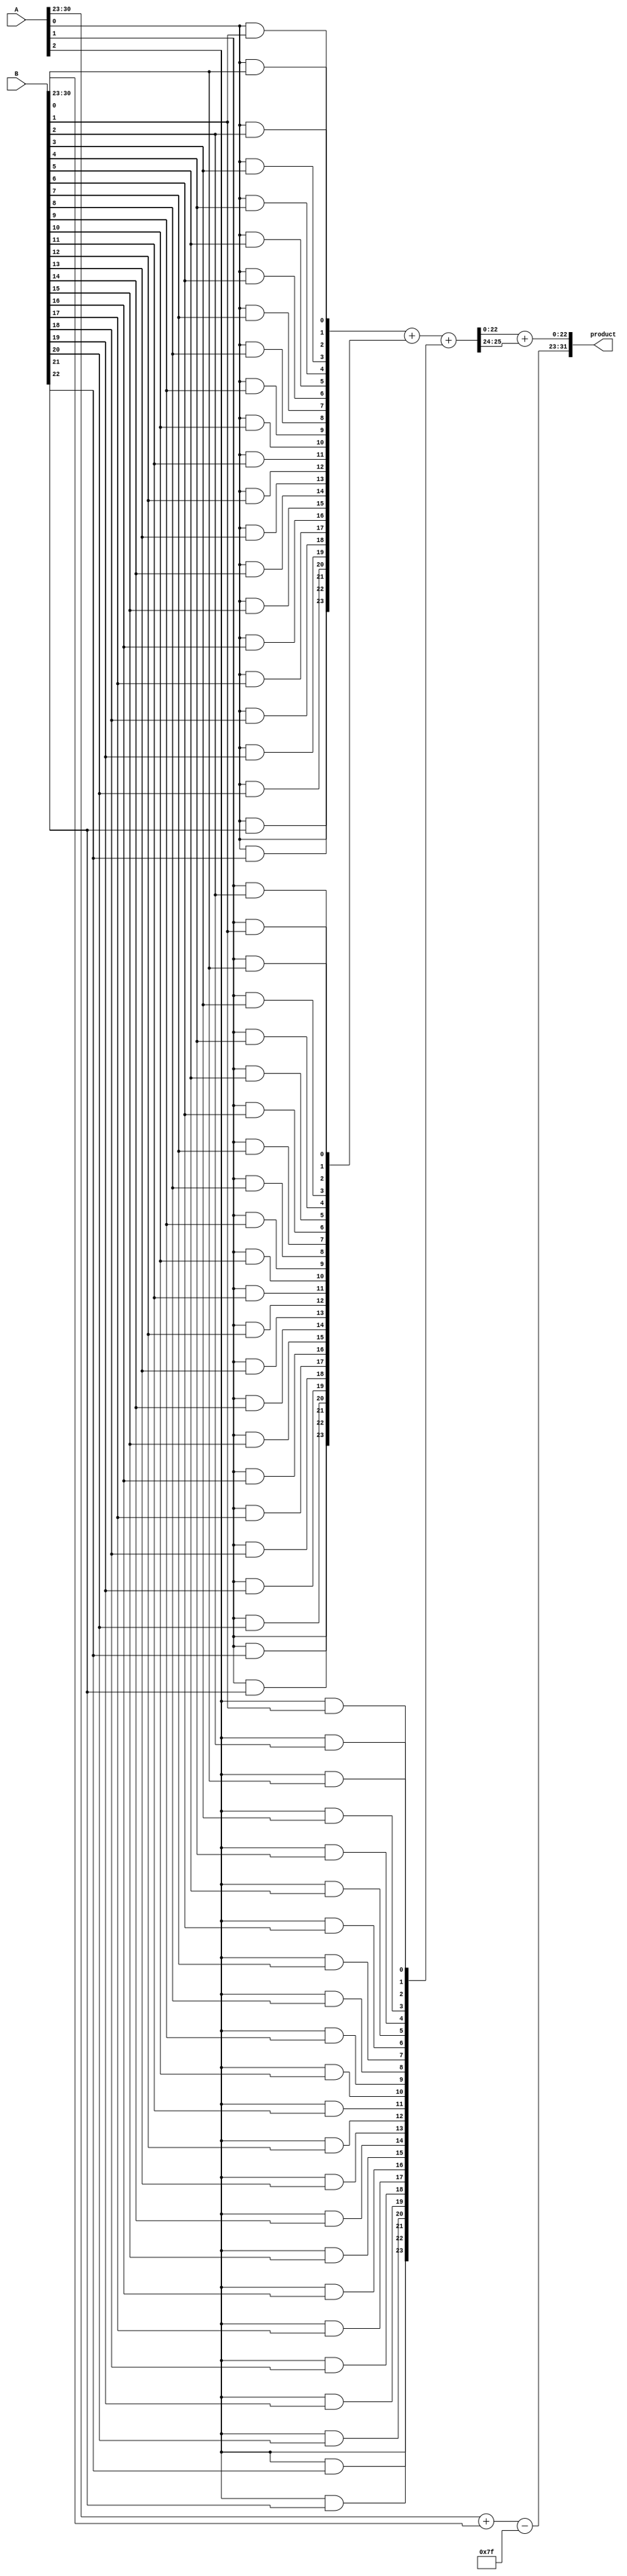
module floating_point_wallace_tree_multiplier (
    input [31:0] A,  // First floating-point input
    input [31:0] B,  // Second floating-point input
    output reg [31:0] product  // Resulting floating-point product
);
    // IEEE 754 parameters
    localparam BIAS = 127;
    localparam SIGNIFICAND_BITS = 23;

    // Extract components from inputs
    wire sign_A = A[31];
    wire sign_B = B[31];
    wire [7:0] exponent_A = A[30:23];
    wire [7:0] exponent_B = B[30:23];
    wire [23:0] significand_A = {1'b1, A[22:0]};  // include implicit 1 bit
    wire [23:0] significand_B = {1'b1, B[22:0]};  // include implicit 1 bit

    // Result sign
    wire result_sign = sign_A ^ sign_B;

    // Result exponent (before bias adjustment)
    wire [8:0] result_exponent_unbiased = exponent_A + exponent_B;

    // Partial product generation
    wire [47:0] partial_product [0:23]; // 24 partial products of 24 bits each

    genvar i, j;
    generate
        for (i = 0; i < 24; i = i + 1) begin : pp_gen
            for (j = 0; j < 24; j = j + 1) begin : pp_inner
                assign partial_product[i][j] = significand_A[i] & significand_B[j];
            end
            // Rightmost bit will occupy partial_product[i][23]
            assign partial_product[i][24:47] = 0; // Zero padding to meet width
        end
    endgenerate

    // Wallace tree reduction (simplified version)
    wire [23:0] sum, carry;

    // Here, construct the Wallace tree reduce logic...
    // For simplicity, let's assume we have a simple adder for the first few levels
    assign {carry, sum} = partial_product[0] + partial_product[1] + partial_product[2];

    // Final product significand (Normalization and Rounding need to be added)
    reg [47:0] product_significand; // This should ideally be 48 bits to accommodate shifts
    always @(*) begin
        // Assign the sum from Wallace tree reduction
        product_significand = sum + carry; // This needs to incorporate proper normalization and rounding logic
    end

    // Final result combining sign, exponent, and significand
    always @(*) begin
        // Example normalization & combining logic (over-simplified, should be detailed)
        // Normalization of product_significand should be handled properly
        product = {result_sign, result_exponent_unbiased - BIAS, product_significand[22:0]}; // last 23 bits of significand
    end
endmodule